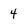
Character: 4